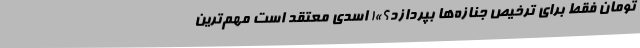
تومان فقط برای ترخیص جنازه‌ها بپردازد؟»! اسدی معتقد است مهم‌ترین